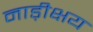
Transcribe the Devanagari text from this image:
नाड़ीक्षय